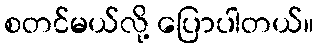
စတင်မယ်လို့ ပြောပါတယ်။